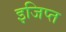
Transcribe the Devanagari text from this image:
इजिप्‍त